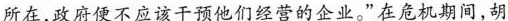
所在，政府便不应该干预他们经营的企业。”在危机期间，胡